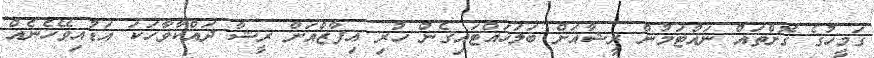
ގަމީހުގެ ގޮށްތައް ނައްޓަމުން ރީޝާއަށް ބަލަހައްޓައިގެން ހުރި އިފާޒްއަށް ރީޝާ ދައްކާވާހަކަ އަޑުއިވޭހެނެއް